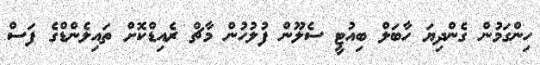
ހިންގަމުން ގެންދިޔަ ހާބަލް ބިއުޓީ ސެލޫން ފުލުހުން މާޗް ރެއިޑްކޮށް ތައިލެންޑްގެ ފަސް